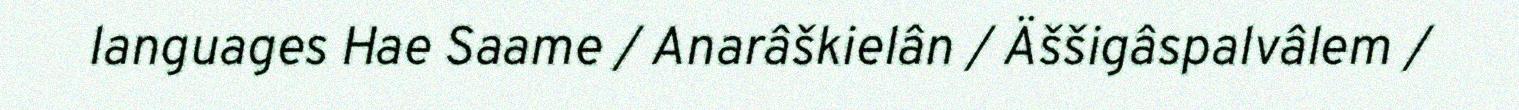
languages Hae Saame / Anarâškielân / Äššigâspalvâlem /